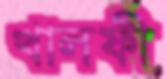
খালফী